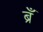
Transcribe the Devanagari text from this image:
ब्रँ